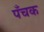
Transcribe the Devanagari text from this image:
पँचक